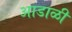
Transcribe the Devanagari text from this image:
आडाळी